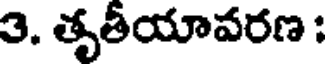
3. తృతీయావరణ :